342_HS1-416511228_319.1 Flying Discs 1949
Agency: Department of War
Incident date: 1/9/50
Page 143
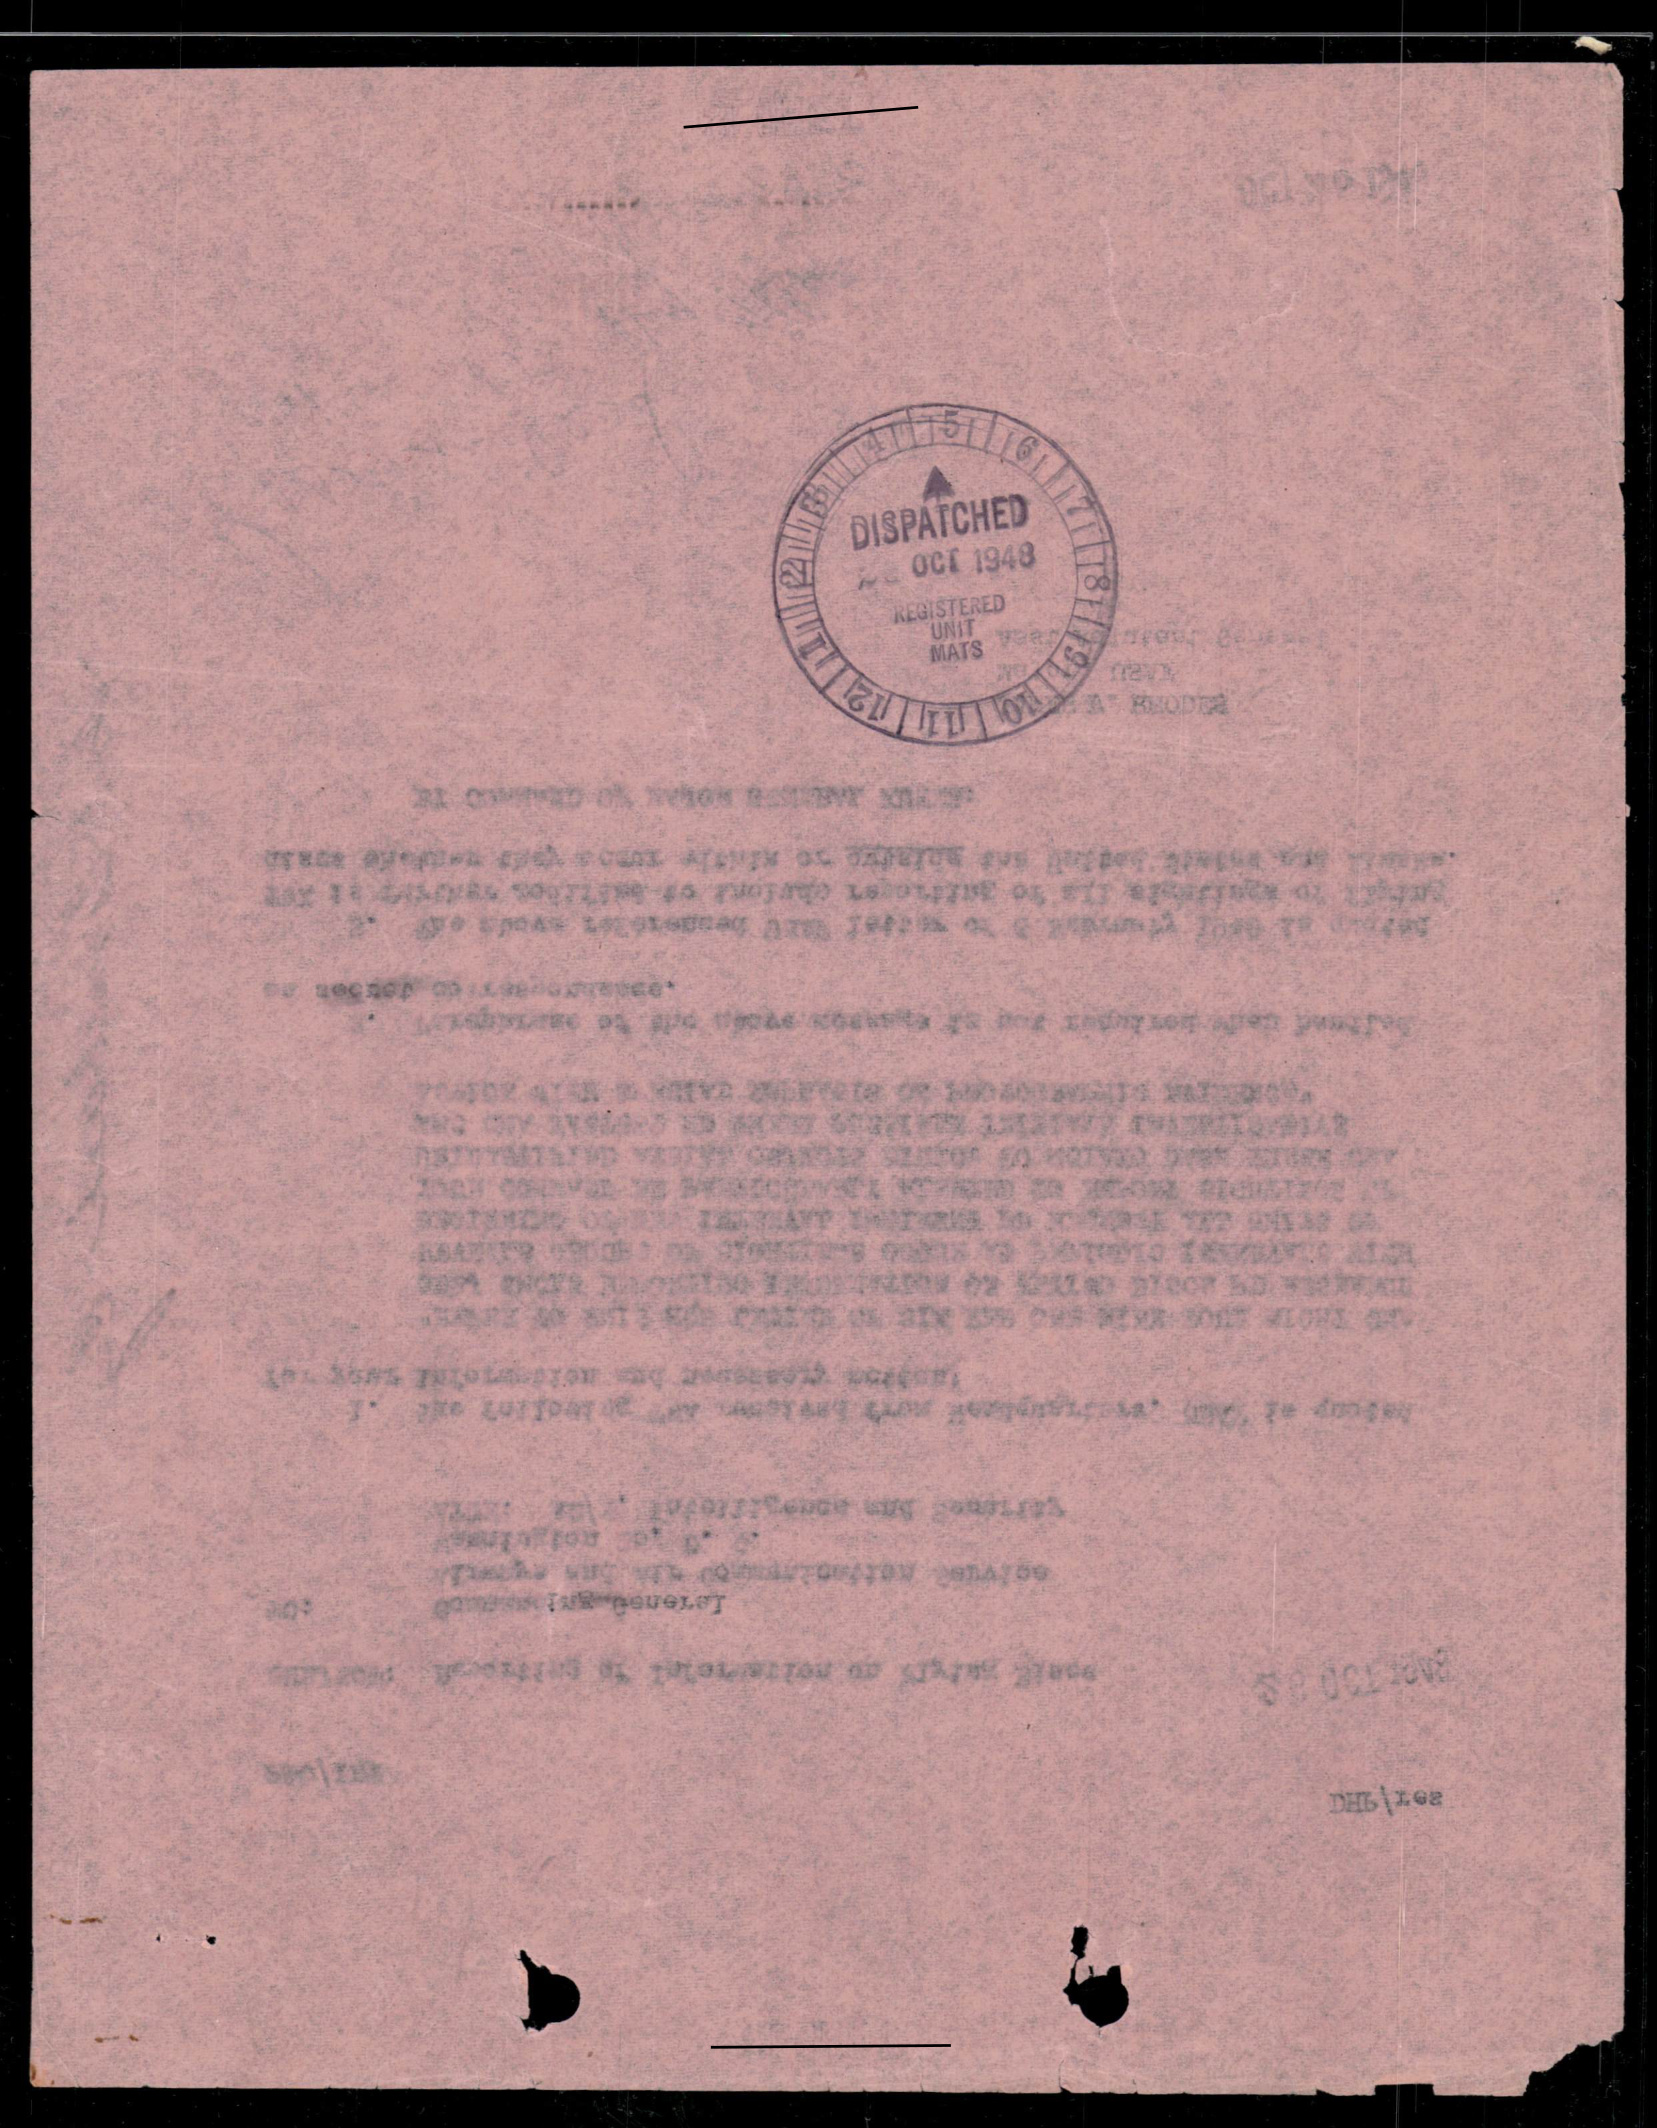